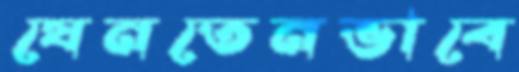
যেনতেনভাবে